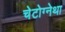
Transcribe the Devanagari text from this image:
चेटोग्नेथा